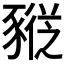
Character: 𰶮